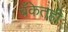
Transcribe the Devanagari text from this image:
बँकेतही